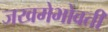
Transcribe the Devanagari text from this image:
जखमेभोवती